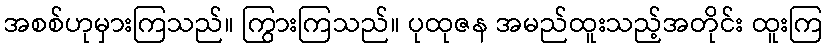
အစစ်ဟုမှားကြသည်။ ကြွားကြသည်။ ပုထုဇန အမည်ထူးသည့်အတိုင်း ထူးကြ